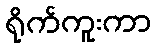
ရိုက်ကူးကာ